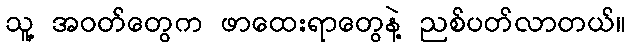
သူ့ အဝတ်တွေက ဖာထေးရာတွေနဲ့ ညစ်ပတ်လာတယ်။